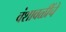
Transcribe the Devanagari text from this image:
वंशावळींचे